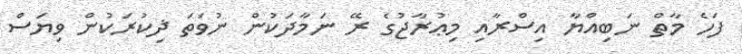
ފަހެ މާތް ނަބިއްޔާ އިސްރާއި މިޢުރާޖުގެ ރޭ ނަމާދަކުން ނުވަތަ ޛިކުރަކުން ވިޔަސް